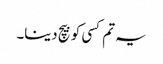
یہ تم کسی کو بیچ دینا۔